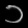
Digit: ၁